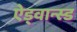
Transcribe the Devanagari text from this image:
ऐड्वान्स्ड